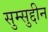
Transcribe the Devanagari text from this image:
सुम्सुद्दीन